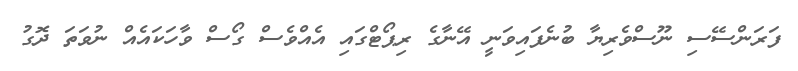
ފަރަންސޭސި ނޫސްވެރިޔާ ބުނެފައިވަނީ އޭނާގެ ރިޕޯޓްގައި އެއްވެސް ގޯސް ވާހަކައެއް ނުވަތަ ދޮގު